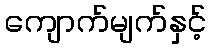
ကျောက်မျက်နှင့်